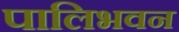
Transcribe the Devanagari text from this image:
पालिभवन